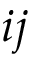
i j